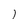
Character: 1